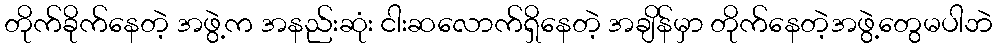
တိုက်ခိုက်နေတဲ့ အဖွဲ့က အနည်းဆုံး ငါးဆလောက်ရှိနေတဲ့ အချိန်မှာ တိုက်နေတဲ့အဖွဲ့တွေမပါဘဲ